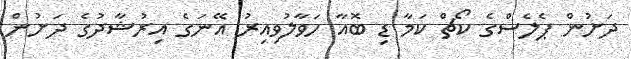
ދަށުން ޕެލެސްގެ ކޯޗް ކަމާ ޑި ބޮއާ ހަވާލުވިއިރު އޭނަގެ އިރުޝާދުގެ ދަށުން